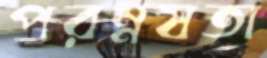
পরম্নষতা